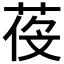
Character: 𦲴